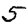
Digit: 5